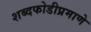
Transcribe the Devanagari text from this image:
शब्दफोडीप्रमाणे